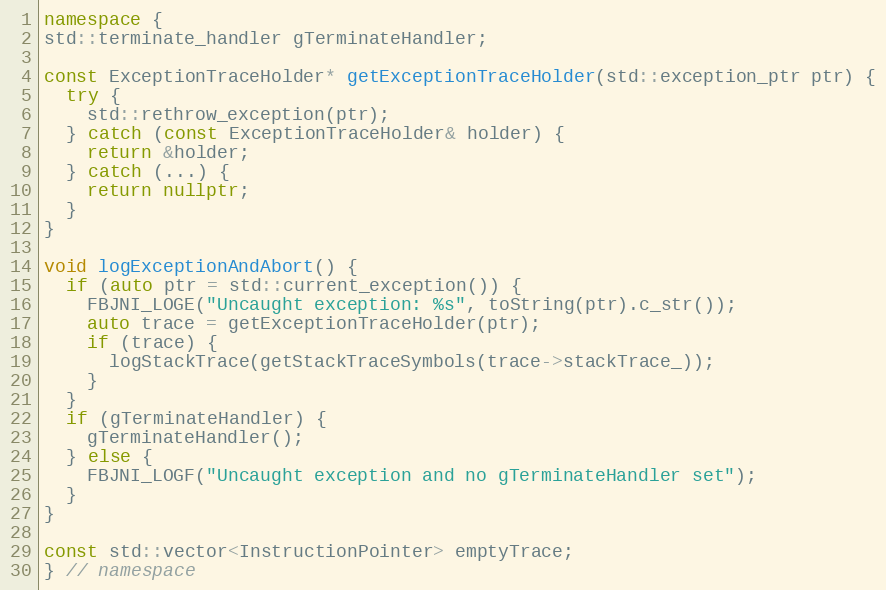
Language: C++
namespace {
std::terminate_handler gTerminateHandler;

const ExceptionTraceHolder* getExceptionTraceHolder(std::exception_ptr ptr) {
  try {
    std::rethrow_exception(ptr);
  } catch (const ExceptionTraceHolder& holder) {
    return &holder;
  } catch (...) {
    return nullptr;
  }
}

void logExceptionAndAbort() {
  if (auto ptr = std::current_exception()) {
    FBJNI_LOGE("Uncaught exception: %s", toString(ptr).c_str());
    auto trace = getExceptionTraceHolder(ptr);
    if (trace) {
      logStackTrace(getStackTraceSymbols(trace->stackTrace_));
    }
  }
  if (gTerminateHandler) {
    gTerminateHandler();
  } else {
    FBJNI_LOGF("Uncaught exception and no gTerminateHandler set");
  }
}

const std::vector<InstructionPointer> emptyTrace;
} // namespace